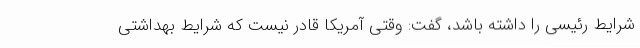
شرایط رئیسی را داشته باشد، گفت: وقتی آمریکا قادر نیست که شرایط بهداشتی